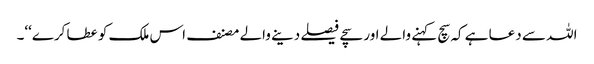
اللہ سے دعا ہے کہ سچ کہنے والے اور سچے فیصلے دینے والے مصنف اس ملک کو عطا کرے‘‘۔